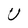
Character: U